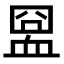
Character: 𧖸